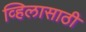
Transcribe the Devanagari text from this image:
व्हिलासाठी